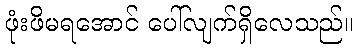
ဖုံးဖိမရအောင် ပေါ်လျက်ရှိလေသည်။